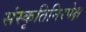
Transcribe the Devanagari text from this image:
संस्कृतिनिरपेक्ष